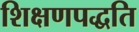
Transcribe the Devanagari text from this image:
शिक्षणपद्धति